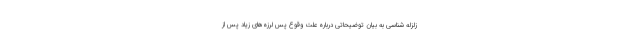
زلزله شناسی به بیان توضیحاتی درباره علت وقوع پس لرزه‌های زیاد پس از